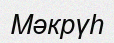
Мәкрүһ